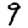
Digit: 9